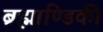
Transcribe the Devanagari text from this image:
ब्रह्माण्डिकी